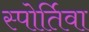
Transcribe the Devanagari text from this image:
स्पोर्तिवा